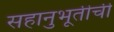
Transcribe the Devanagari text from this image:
सहानुभूतीची